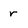
Character: r